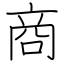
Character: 商